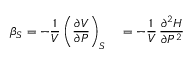
\beta _ { S } = - { \frac { 1 } { V } } \left( { \frac { \partial V } { \partial P } } \right) _ { S } \quad = - { \frac { 1 } { V } } \, { \frac { \partial ^ { 2 } H } { \partial P ^ { 2 } } }